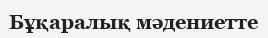
Бұқаралық мәдениетте